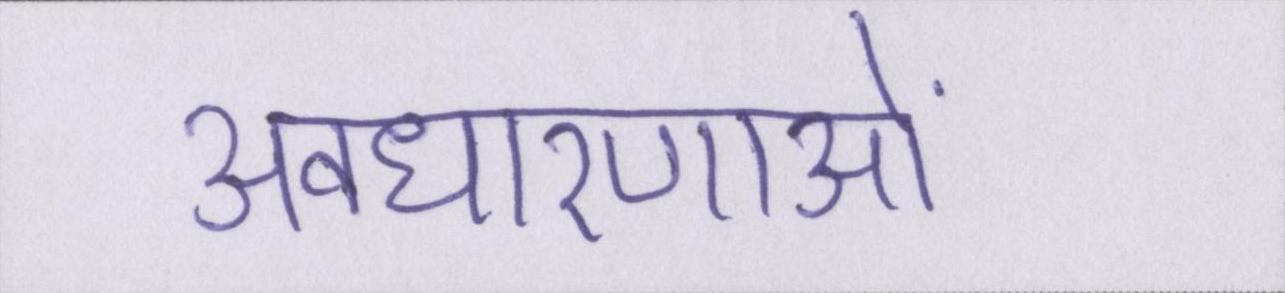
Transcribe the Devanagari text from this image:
अवधारणाओं